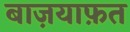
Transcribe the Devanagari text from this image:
बाज़याफ़त